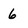
Character: 6